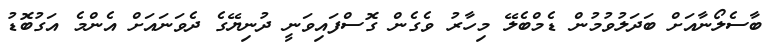
ބާސެލޯނާއަށް ބަދަލުވުމުން ޑެމްބެލޭ މިހާރު ވެގެން ގޮސްފައިވަނީ ދުނިޔޭގެ ދެވަނައަށް އެންމެ އަގުބޮޑު